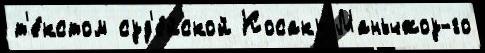
т'е́кстом суд'е́йской Косаку Маньчжоу-го